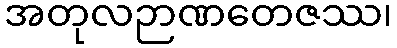
အတုလဉာဏတေဇဿ၊